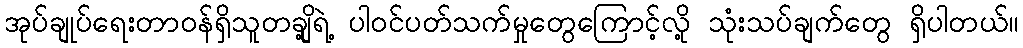
အုပ်ချုပ်ရေးတာဝန်ရှိသူတချို့ရဲ့ ပါဝင်ပတ်သက်မှုတွေကြောင့်လို့ သုံးသပ်ချက်တွေ ရှိပါတယ်။